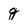
Character: g